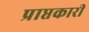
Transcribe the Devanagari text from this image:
प्राप्तकारी